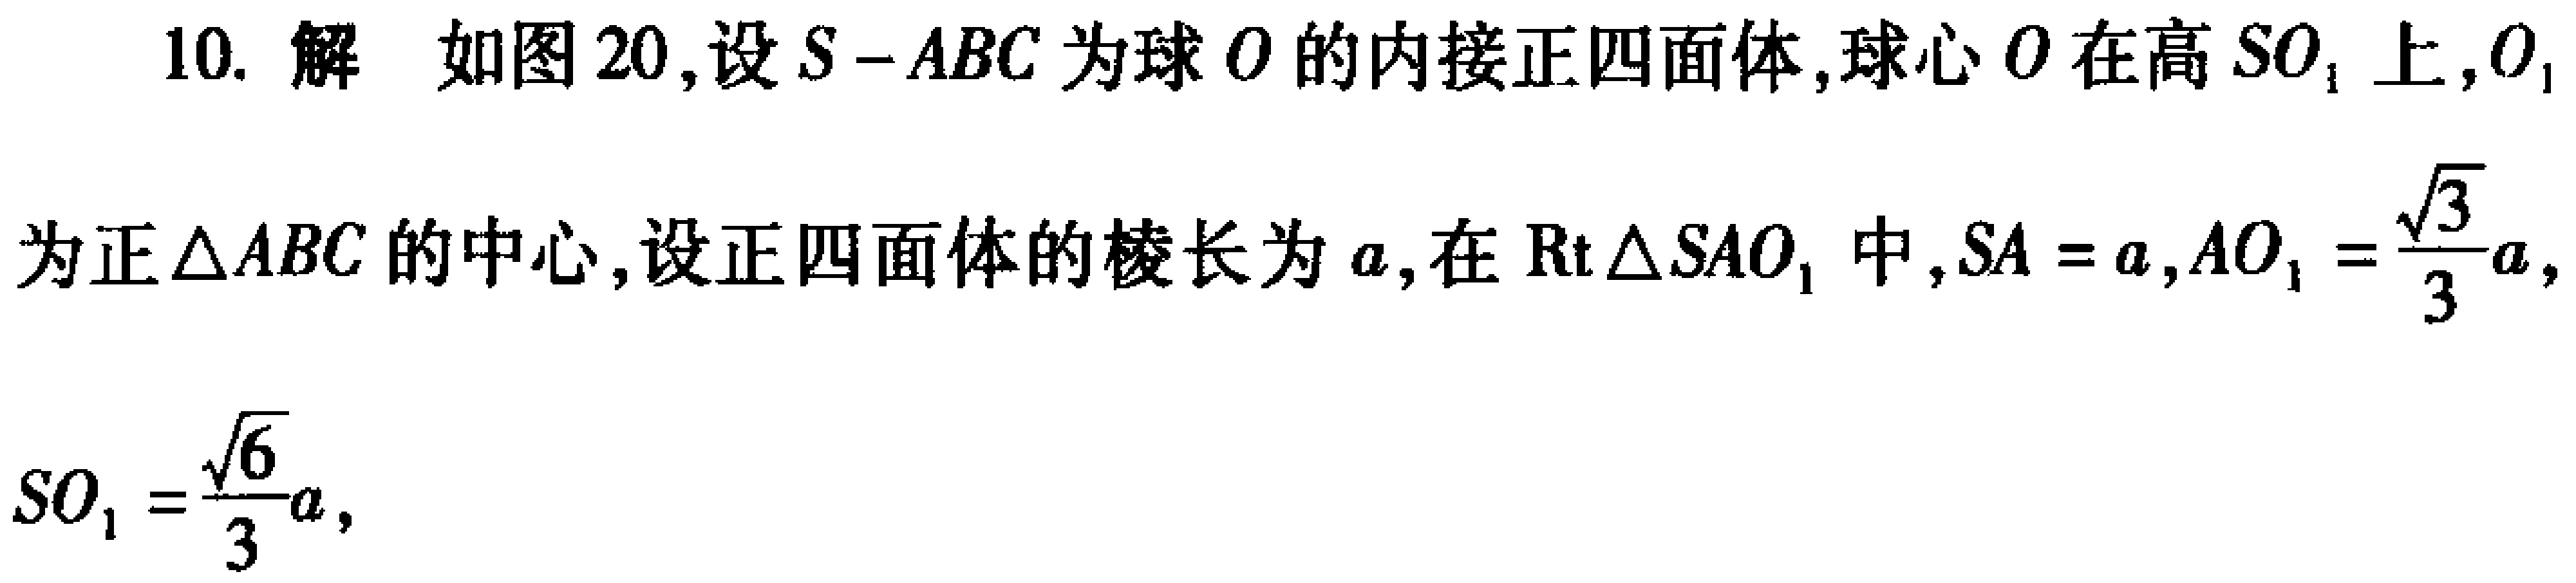
10. 解 如图 20,设 \(S - ABC\) 为球 \(O\) 的内接正四面体,球心 \(O\) 在高 \(SO_{1}\) 上,\(O_{1}\) 为正 \(\triangle ABC\) 的中心,设正四面体的棱长为 \(a\),在 \(\text{Rt}\triangle SAO_{1}\) 中,\(SA = a\),\(AO_{1}=\frac{\sqrt{3}}{3}a\),\(SO_{1}=\frac{\sqrt{6}}{3}a\),